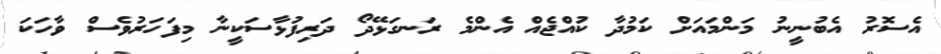
އެސޮރު އެބުނީނު މަންމައަށް ކަމުދާ ކުއްޖެއް އެންމެ ރަނގަޅޭދޯ ދަރިފުޅާސަކީނާ މިފަހަރުވެސް ވާހަކަ